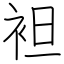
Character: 袒